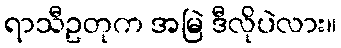
ရာသီဥတုက အမြဲ ဒီလိုပဲလား။